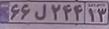
۶۶ل۲۴۴۱۳